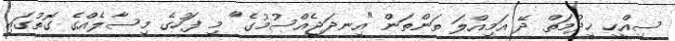
ސިއްހީ ޚިދުމަތް ދޭ އަމިއްލަ ތަންތަން "އިނދަޖެއްސުމުގެ" މި ފަހުގެ މިސާލެއްގެ ގޮތުގައި